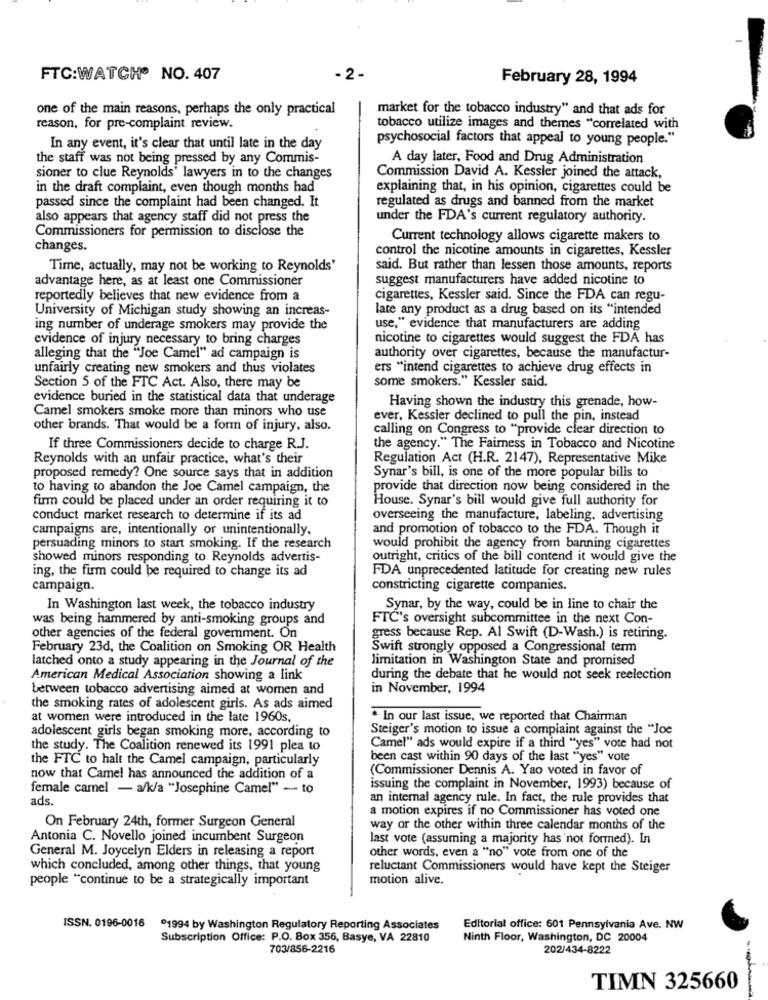
FTC:WATCH® NO. 407
- 2-
February 28, 1994
one of the main reasons, perhaps the only practical
market for the tobacco industry" and that ads for
reason, for pre-complaint review.
tobacco utilize images and themes "correlated with
psychosocial factors that appeal to young people."
In any event, it's clear that until late in the day
the staff was not being pressed by any Commis-
A day later, Food and Drug Administration
sioner to clue Reynolds' lawyers in to the changes
Commission David A. Kessler joined the attack,
in the draft complaint, even though months had
explaining that, in his opinion, cigarettes could be
passed since the complaint had been changed. It
regulated as drugs and banned from the market
also appears that agency staff did not press the
under the FDA's current regulatory authority.
Commissioners for permission to disclose the
Current technology allows cigarette makers to
changes.
control the nicotine amounts in cigarettes, Kessler
Time, actually, may not be working to Reynolds'
said. But rather than lessen those amounts, reports
advantage here, as at least one Commissioner
suggest manufacturers have added nicotine to
reportedly believes that new evidence from a
cigarettes, Kessler said. Since the FDA can regu-
University of Michigan study showing an increas-
late any product as a drug based on its "intended
ing number of underage smokers may provide the
use," evidence that manufacturers are adding
evidence of injury necessary to bring charges
nicotine to cigarettes would suggest the FDA has
alleging that the "Joe Camel" ad campaign is
authority over cigarettes, because the manufactur-
unfairly creating new smokers and thus violates
ers "intend cigarettes to achieve drug effects in
some smokers." Kessler said.
Section 5 of the FTC Act. Also, there may be
evidence buried in the statistical data that underage
Having shown the industry this grenade, how-
Camel smokers smoke more than minors who use
ever, Kessler declined to pull the pin, instead
other brands. That would be a form of injury, also.
calling on Congress to "provide clear direction to
If three Commissioners decide to charge R.J.
the agency." The Fairness in Tobacco and Nicotine
Reynolds with an unfair practice, what's their
Regulation Act (H.R. 2147), Representative Mike
proposed remedy? One source says that in addition
Synar's bill, is one of the more popular bills to
to having to abandon the Joe Camel campaign, the
provide that direction now being considered in the
firm could be placed under an order requiring it to
House. Synar's bill would give full authority for
conduct market research to determine if its ad
overseeing the manufacture, labeling, advertising
campaigns are, intentionally or unintentionally.
and promotion of tobacco to the FDA. Though it
persuading minors to start smoking. If the research
would prohibit the agency from banning cigarettes
showed minors responding to Reynolds advertis-
outright, critics of the bill contend it would give the
ing, the firm could be required to change its ad
FDA unprecedented latitude for creating new rules
campaign.
constricting cigarette companies.
In Washington last week, the tobacco industry
Synar, by the way, could be in line to chair the
was being hammered by anti-smoking groups and
FTC's oversight subcommittee in the next Con-
other agencies of the federal government. On
gress because Rep. Al Swift (D-Wash.) is retiring.
February 23d, the Coalition on Smoking OR Health
Swift strongly opposed a Congressional term
latched onto a study appearing in the Journal of the
limitation in Washington State and promised
American Medical Association showing a link
during the debate that he would not seek reelection
between tobacco advertising aimed at women and
in November, 1994
the smoking rates of adolescent girls. As ads aimed
at women were introduced in the late 1960s.
. In our last issue, we reported that Chairman
adolescent girls began smoking more, according to
Steiger's motion to issue a complaint against the "Joe
the study. The Coalition renewed its 1991 plea to
Camel" ads would expire if a third "yes" vote had not
the FTC to halt the Camel campaign, particularly
been cast within 90 days of the last "yes" vote
(Commissioner Dennis A. Yao voted in favor of
now that Camel has announced the addition of a
female camel - a/k/a "Josephine Camel" - to
issuing the complaint in November, 1993) because of
ads.
an internal agency rule. In fact, the rule provides that
a motion expires if no Commissioner has voted one
On February 24th, former Surgeon General
way or the other within three calendar months of the
Antonia C. Novello joined incumbent Surgeon
last vote (assuming a majority has not formed). In
General M. Joycelyn Elders in releasing a report
other words, even a "no" vote from one of the
which concluded, among other things, that young
reluctant Commissioners would have kept the Steiger
people "continue to be a strategically important
motion alive.
ISSN. 0196-0016
01994 by Washington Regulatory Reporting Associates
Editorial office: 601 Pennsylvania Ave. NW
Subscription Office: P.O. Box 356, Basye, VA 22810
Ninth Floor, Washington, DC 20004
703/856-2216
202/434-8222
TIMN 325660